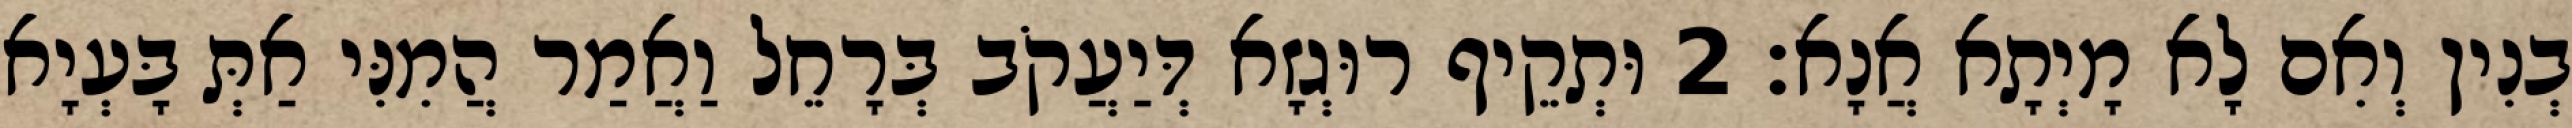
בְנִין וְאִם לָא מָיְתָא אֲנָא׃ 2 וּתְקֵיף רוּגְזָא דְּיַעֲקֹב בְּרָחֵל וַאֲמַר הֲמִנִּי אַתְּ בָּעְיָא